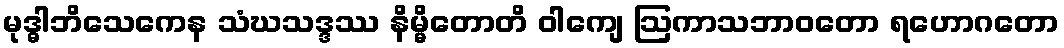
မုဒ္ဓါဘိသေကေန သံဃသဒ္ဒဿ နိမ္မိတောတိ ဝါကျေ ဩကာသဘာဝတော ရဟောဂတော